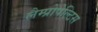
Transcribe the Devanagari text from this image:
लैम्प्रोपेल्टिस